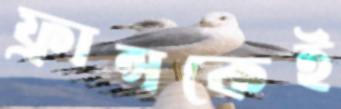
ফ্রান্সকেই